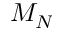
M _ { N }